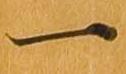
一